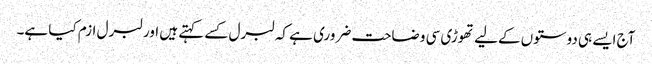
آج ایسے ہی دوستوں کےلیے تھوڑی سی وضاحت ضروری ہے کہ لبرل کسے کہتے ہیں اور لبرل ازم کیا ہے۔